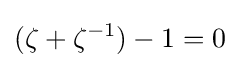
(\zeta +\zeta ^{-1})-1=0